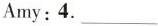
Amy:4.____